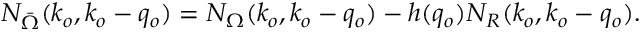
N _ { \bar { \Omega } } ( k _ { o } , k _ { o } - q _ { o } ) = N _ { \Omega } ( k _ { o } , k _ { o } - q _ { o } ) - h ( q _ { o } ) N _ { R } ( k _ { o } , k _ { o } - q _ { o } ) .